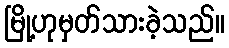
မြို့ဟုမှတ်သားခဲ့သည်။